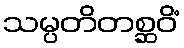
သမ္ပတိတစ္ဆဝိံ